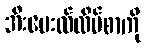
အီးမေးလ်လိပ်စာကို